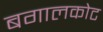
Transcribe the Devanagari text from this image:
बगालकोट